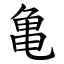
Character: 亀